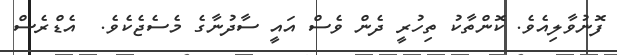
ފޮނުވާލިއެވެ. ކޮންތާކު ތިހުރީ ދެން ވެސް އައީ ސާދުނާގެ މެސެޖެކެވެ.  އެޑްރެސް